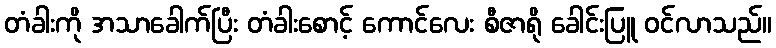
တံခါးကို အသာခေါက်ပြီး တံခါးစောင့် ကောင်လေး စီဇာရို ခေါင်းပြူ ဝင်လာသည်။